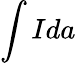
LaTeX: \int Ida